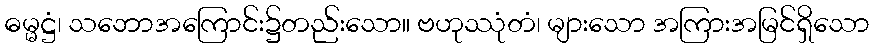
ဓမ္မဋ္ဌံ၊ သဘောအကြောင်း၌တည်းသော။ ဗဟုဿုံတံ၊ များသော အကြားအမြင်ရှိသော